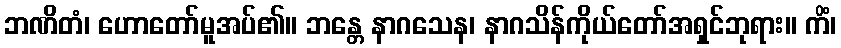
ဘဏိတံ၊ ဟောတော်မူအပ်၏။ ဘန္တေ နာဂသေန၊ နာဂသိန်ကိုယ်တော်အရှင်ဘုရား။ ကိံ၊